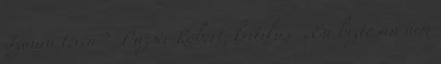
Izaura tévén ” Puzsér Róbert, kritikus „Én biztosan nem